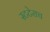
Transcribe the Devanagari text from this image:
स्टटेराच